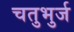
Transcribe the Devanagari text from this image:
चतुभुर्ज